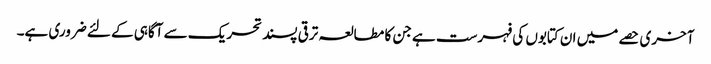
آخری حصے میں ان کتابوں کی فہرست ہے جن کا مطالعہ ترقی پسند تحریک سے آگاہی کے لئے ضروری ہے۔